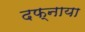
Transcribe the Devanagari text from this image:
दफ्नाया